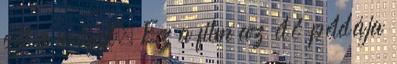
ezt a műfajt. Ez a film az élő példája